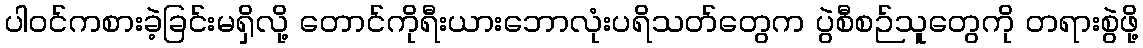
ပါဝင်ကစားခဲ့ခြင်းမရှိလို့ တောင်ကိုရီးယားဘောလုံးပရိသတ်တွေက ပွဲစီစဉ်သူတွေကို တရားစွဲဖို့